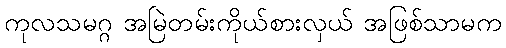
ကုလသမဂ္ဂ အမြဲတမ်းကိုယ်စားလှယ် အဖြစ်သာမက